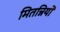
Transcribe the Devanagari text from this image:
मितन्नियों